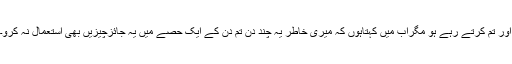
اور تم کرتے رہے ہو مگراب مَیں کہتاہوں کہ میری خاطر یہ چند دن تم دن کے ایک حصے میں یہ جائزچیزیں بھی استعمال نہ کرو۔